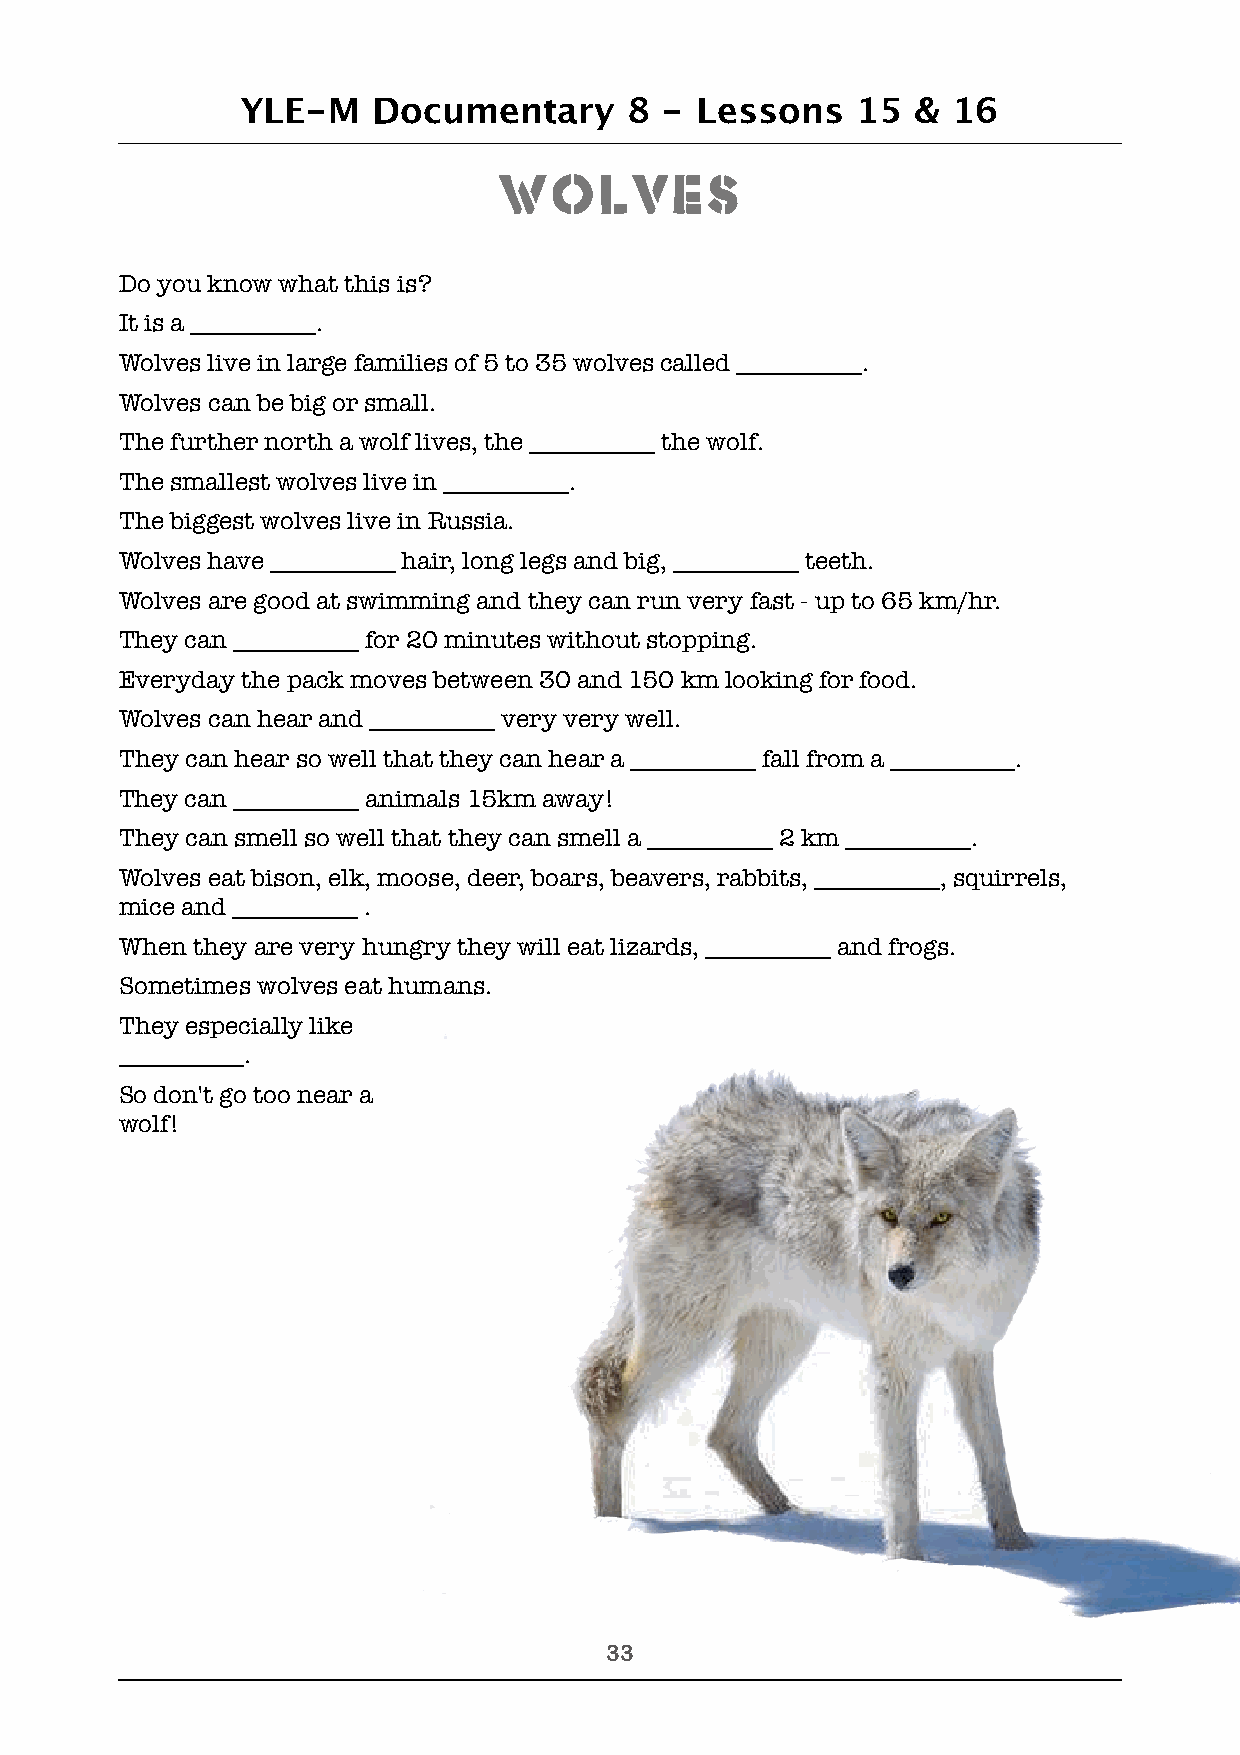
YLE-M    Documentary      8 - Lessons    15 &  16
 Wolves
 Do you know what this is?
 It is a __________.
 Wolves live in large families of 5 to 35 wolves called __________.
 Wolves can be big or small.
 The further north a wolf lives, the __________ the wolf.
 The smallest wolves live in __________.
 The biggest wolves live in Russia.
 Wolves have __________ hair, long legs and big, __________ teeth.
 Wolves are good at swimming and they can run very fast - up to 65 km/hr.
 They can __________ for 20 minutes without stopping.
 Everyday the pack moves between 30 and 150 km looking for food.
 Wolves can hear and __________ very very well.
 They can hear so well that they can hear a __________ fall from a __________.
 They can __________ animals 15km away!
 They can smell so well that they can smell a __________ 2 km __________.
 Wolves eat bison, elk, moose, deer, boars, beavers, rabbits, __________, squirrels,
 mice and __________ .
 When they are very hungry they will eat lizards, __________ and frogs.
 Sometimes wolves eat humans.
 They especially like
 __________.
 So don't go too near a
 wolf!
 !33